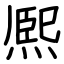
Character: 熈